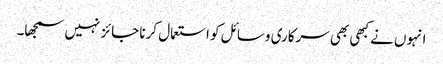
انہوں نے کبھی بھی سرکاری وسائل کو استعمال کرنا جائز نہیں سمجھا۔